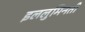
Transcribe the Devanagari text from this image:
इललुमिनती